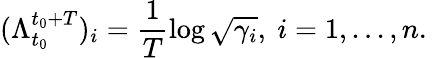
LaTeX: (\Lambda_{t_{0}}^{t_{0}+T})_{i}=\frac{1}{T}\log{\sqrt{\gamma_{i}}},~i=1,...,n.\,